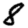
Digit: 8